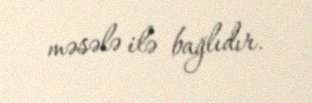
məsələ ilə bağlıdır.